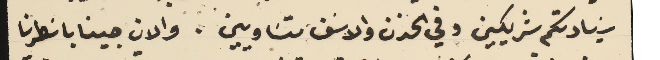
سَيادتكم شريكين وفي الحزن والاسَف متسَاويين . والان جينا باسَطرنا